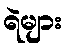
ရဲများ